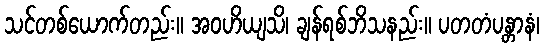
သင်တစ်ယောက်တည်း။ အဝဟိယျသိ၊ ချန်ရစ်ဘိသနည်း။ ပတတံပန္တာနံ၊